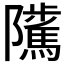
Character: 𨽥